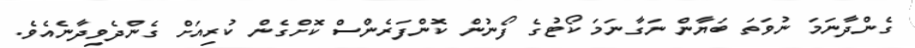
ގެންދާނަމަ ނުވަތަ ބަޔާން ނަގާނަމަ ކޯޓުގެ ފޯނުން ކޮންފަރެންސް ކޮށްގެން ކުރިއަށް ގެންދެވިދާނެއެވެ.